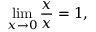
\operatorname* { l i m } _ { x \to 0 } { \frac { x } { x } } = 1 , \qquad